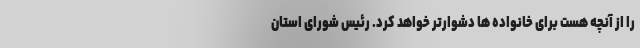
را از آنچه هست برای خانواده ها دشوارتر خواهد کرد. رئیس شورای استان